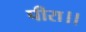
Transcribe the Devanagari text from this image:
पीरा।।